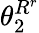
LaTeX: \theta_{2}^{R^{r}}